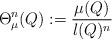
LaTeX: \begin{align*}\Theta^n_\mu(Q):=\frac{\mu(Q)}{l(Q)^n}\end{align*}